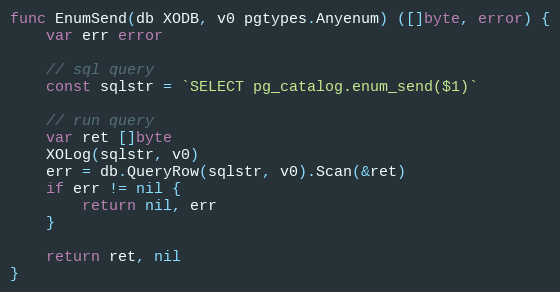
Language: Go
func EnumSend(db XODB, v0 pgtypes.Anyenum) ([]byte, error) {
	var err error

	// sql query
	const sqlstr = `SELECT pg_catalog.enum_send($1)`

	// run query
	var ret []byte
	XOLog(sqlstr, v0)
	err = db.QueryRow(sqlstr, v0).Scan(&ret)
	if err != nil {
		return nil, err
	}

	return ret, nil
}